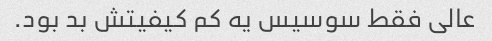
عالی فقط سوسیس یه کم کیفیتش بد بود.